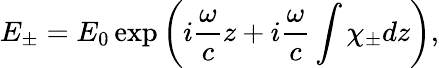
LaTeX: E_{\pm}=E_{0}\exp\left(i\frac{\omega}{c}z+i\frac{\omega}{c}\int\chi_{\pm}dz\right),